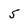
Character: 5